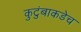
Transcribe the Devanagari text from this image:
कुटुंबाकडेच